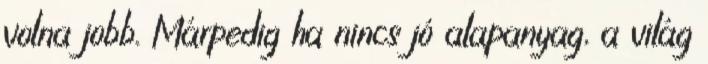
volna jobb. Márpedig ha nincs jó alapanyag, a világ